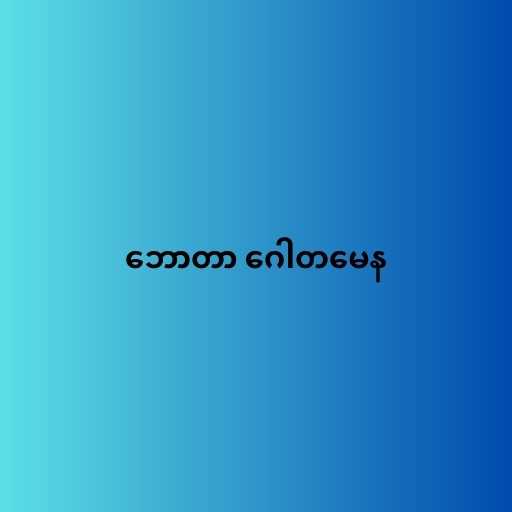
ဘောတာ ဂေါတမေန